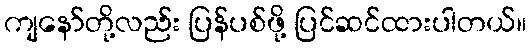
ကျနော်တို့လည်း ပြန်ပစ်ဖို့ ပြင်ဆင်ထားပါတယ်။